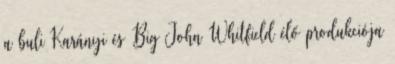
a buli Karányi és Big John Whitfield élő produkciója